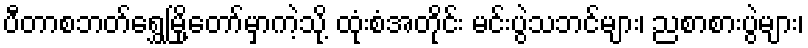
ပီတာစဘတ်ရွှေမြို့တော်မှာကဲ့သို့ ထုံးစံအတိုင်း မင်းပွဲသဘင်များ၊ ညစာစားပွဲများ၊